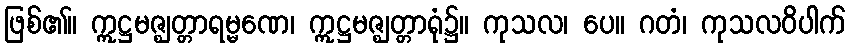
ဖြစ်၏။ ဣဋ္ဌမဇ္ဈတ္တာရမ္မဏေ၊ ဣဋ္ဌမဇ္ဈတ္တာရုံ၌။ ကုသလ၊ ပေ။ ဂတံ၊ ကုသလဝိပါက်